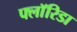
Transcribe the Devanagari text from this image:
फ्लाॅरिडा